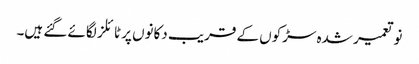
نو تعمیر شدہ سڑکوں کے قریب دکانوں پر ٹائلز لگائے گئے ہیں۔